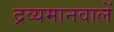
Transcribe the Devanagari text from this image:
द्रव्यमानवालें